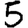
Digit: 5